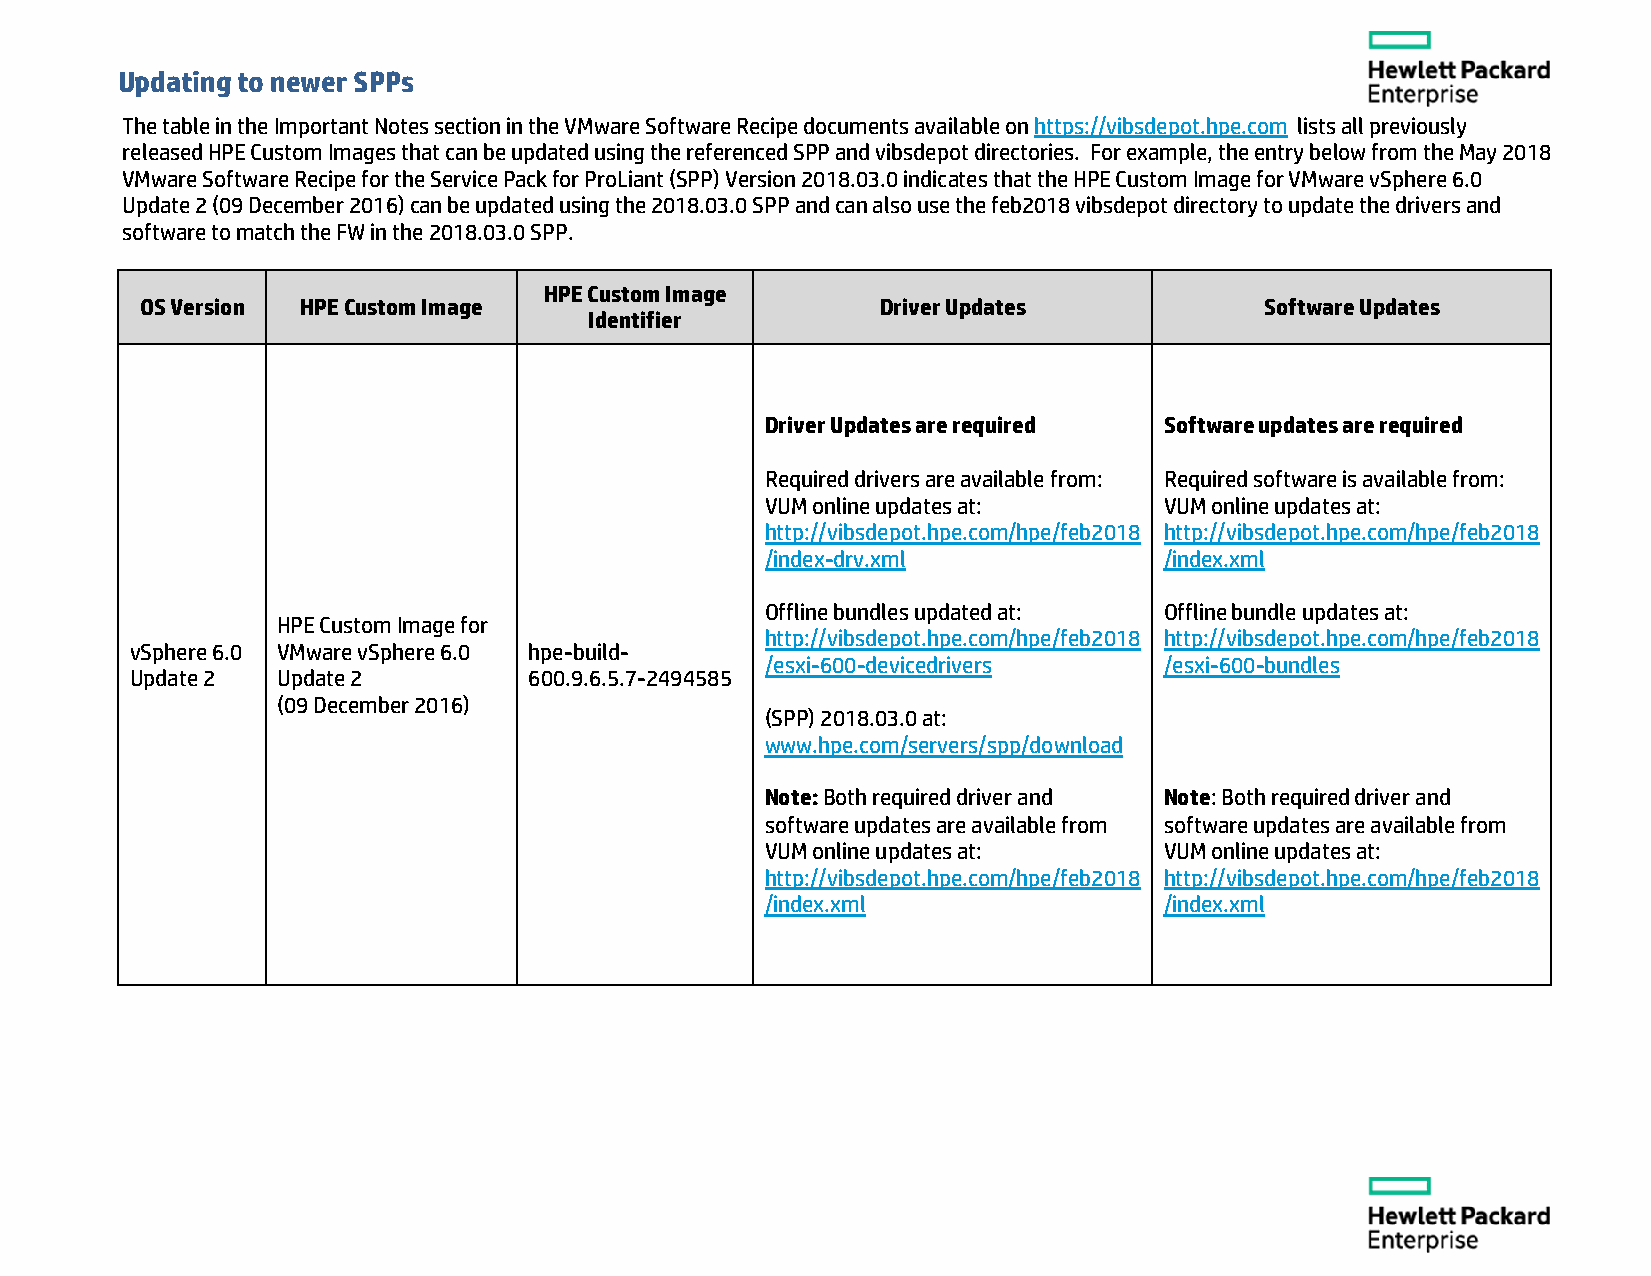
Updating to newer SPPs
 The table in the Important Notes section in the VMware Software Recipe documents available on https://vibsdepot.hpe.com lists all previously
 released HPE Custom Images that can be updated using the referenced SPP and vibsdepot directories. For example, the entry below from the May 2018
 VMware Software Recipe for the Service Pack for ProLiant (SPP) Version 2018.03.0 indicates that the HPE Custom Image for VMware vSphere 6.0
 Update 2 (09 December 2016) can be updated using the 2018.03.0 SPP and can also use the feb2018 vibsdepot directory to update the drivers and
 software to match the FW in the 2018.03.0 SPP.
 HPE Custom Image
 OS Version HPE Custom Image                      Driver Updates            Software Updates
 Identifier
 Driver Updates are required Software updates are required
 Required drivers are available from: Required software is available from:
 VUM online updates at:    VUM online updates at:
 http://vibsdepot.hpe.com/hpe/feb2018 http://vibsdepot.hpe.com/hpe/feb2018
 /index-drv.xml            /index.xml
 Offline bundles updated at: Offline bundle updates at:
 HPE Custom Image for
 http://vibsdepot.hpe.com/hpe/feb2018 http://vibsdepot.hpe.com/hpe/feb2018
 vSphere 6.0 VMware vSphere 6.0 hpe-build-
 /esxi-600-devicedrivers   /esxi-600-bundles
 Update 2 Update 2         600.9.6.5.7-2494585
 (09 December 2016)
 (SPP) 2018.03.0 at:
 www.hpe.com/servers/spp/download
 Note: Both required driver and Note: Both required driver and
 software updates are available from software updates are available from
 VUM online updates at:    VUM online updates at:
 http://vibsdepot.hpe.com/hpe/feb2018 http://vibsdepot.hpe.com/hpe/feb2018
 /index.xml                /index.xml